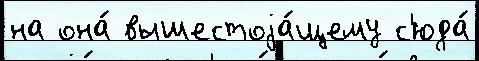
на она́ вышестоjа́щему с'юда́